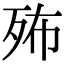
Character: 𣧦